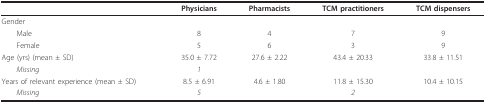
<table><thead><tr><td></td><td><b>Physicians</b></td><td><b>Pharmacists</b></td><td><b>TCM practitioners</b></td><td><b>TCM dispensers</b></td></tr></thead><tbody><tr><td>Gender</td><td></td><td></td><td></td><td></td></tr><tr><td> Male</td><td>8</td><td>4</td><td>7</td><td>9</td></tr><tr><td> Female</td><td>5</td><td>6</td><td>3</td><td>9</td></tr><tr><td>Age (yrs) (mean ± SD)</td><td>35.0 ± 7.72</td><td>27.6 ± 2.22</td><td>43.4 ± 20.33</td><td>33.8 ± 11.51</td></tr><tr><td> <i>Missing</i></td><td><i>1</i></td><td></td><td></td><td></td></tr><tr><td>Years of relevant experience (mean ± SD)</td><td>8.5 ± 6.91</td><td>4.6 ± 1.80</td><td>11.8 ± 15.30</td><td>10.4 ± 10.15</td></tr><tr><td> <i>Missing</i></td><td><i>5</i></td><td></td><td><i>2</i></td><td></td></tr></tbody></table>